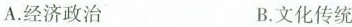
A.经济政治 B.文化传统